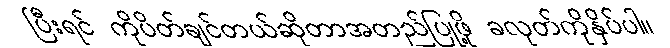
ပြီးရင် ကိုပိတ်ချင်တယ်ဆိုတာအတည်ပြုဖို့ ခလုတ်ကိုနှိပ်ပါ။